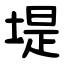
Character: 堤